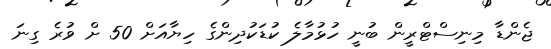
ޖެންޑާ މިނިސްޓްރީން ބުނީ ހުޅުމާލެ ކުޑަކުދިންގެ ހިޔާއަށް 50 ށް ވުރެ ގިނަ